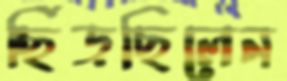
ছিঁড়ছিলেন